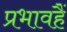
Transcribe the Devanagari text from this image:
प्रभावहैं